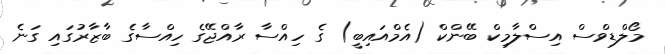
މޯލްޑިވްސް އިސްލާމިކް ބޭންކް (އެމްްއައިބީ) ގެ ހިއްސާ ރާއްޖޭގެ ހިއްސާގެ ބާޒާރުގައި ގަނެ